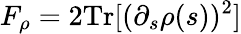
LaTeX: F_{\rho}=2\mathrm{Tr}[(\partial_{s}\rho(s))^{2}]